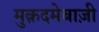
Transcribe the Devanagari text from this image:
मुक़दमेबाज़ी